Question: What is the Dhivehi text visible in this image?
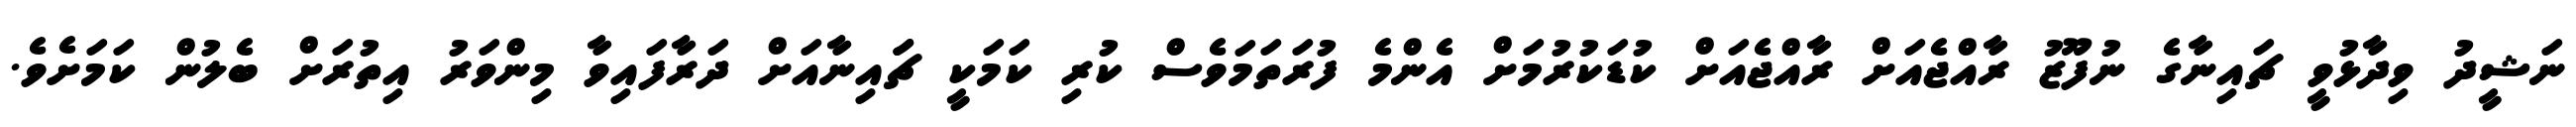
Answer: ނަޝީދު ވިދާޅުވީ ޗައިނާގެ ނުފޫޒު ރާއްޖެއަށް ރާއްޖެއަށް ކުޑަކުރުމަށް އެންމެ ފުރަތަމަވެސް ކުރި ކަމަކީ ޗަައިނާއަށް ދަރާފައިވާ މިންވަރު އިތުރަށް ބެލުން ކަމަށެވެ.